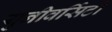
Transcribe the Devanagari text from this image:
युनीवर्सिटी